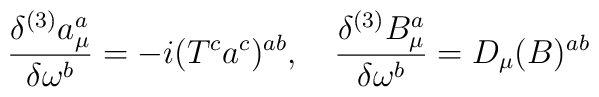
\frac{\delta^{(3)} a_{\mu}^a}{\delta \omega^b} =-i (T^c a^c)^{ab}, \quad\frac{\delta^{(3)} B_{\mu}^a}{\delta \omega^b} =D_{\mu} (B)^{ab}